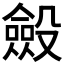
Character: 𣫍